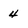
Character: 4